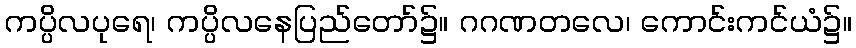
ကပ္ပိလပုရေ၊ ကပ္ပိလနေပြည်တော်၌။ ဂဂဏတလေ၊ ကောင်းကင်ယံ၌။